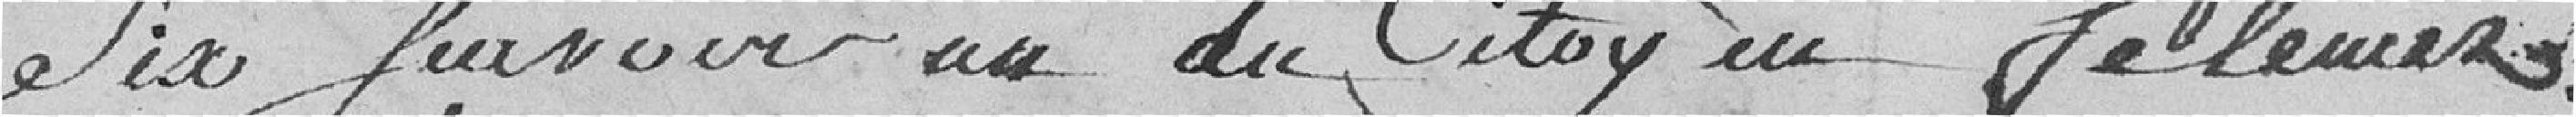
six surnoir du citoyen Feleuriz.